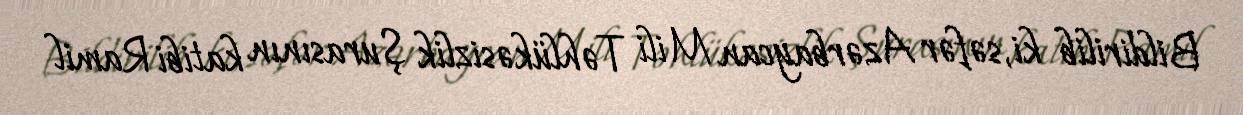
Bildirilib ki, səfər Azərbaycan Mili Təhlükəsizlik Şurasının katibi Ramil